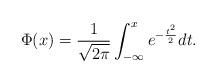
LaTeX: \begin{align*}\Phi(x) = \frac{1}{\sqrt{2\pi}}\int_{-\infty}^{x} e^{-\frac{t^2}{2}}dt.\end{align*}